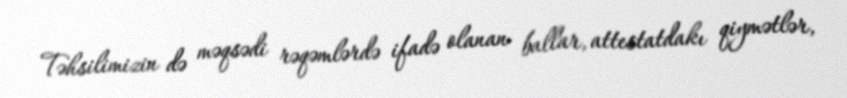
Təhsilimizin də məqsədi rəqəmlərdə ifadə olanan ballar, attestatdakı qiymətlər,